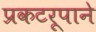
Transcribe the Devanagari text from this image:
प्रकटरूपाने